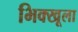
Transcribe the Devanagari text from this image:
भिक्खूला